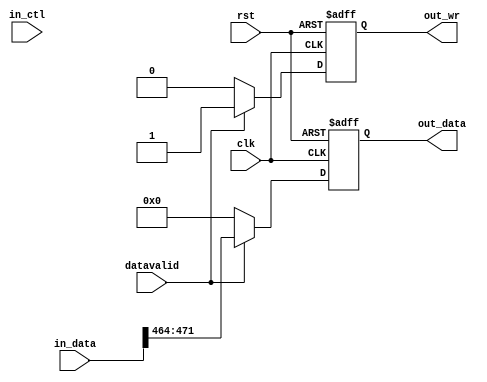
module c512to8
	#(
		parameter DATA_WIDTH = 480,
		parameter CTRL_WIDTH=32,
		parameter STAGE_NUMBER = 2,
		parameter NUM_QUEUES = 8
	) (
		input clk,
		input rst,
		input [CTRL_WIDTH-1:0] in_ctl,
		input [DATA_WIDTH-1:0] in_data,
		input datavalid,
		output reg [7:0] out_data,
		output reg out_wr

	);
	
	
	always @(posedge clk or negedge rst)
	begin
		if(!rst)begin
			out_data <= 0;
		    out_wr <= 0;
			end
		else begin
			if(datavalid) begin
				out_wr <= 1;
				out_data <= in_data[DATA_WIDTH-1-8:DATA_WIDTH-8-8];
			end else begin
				out_wr <= 0;
				out_data <= 0;
			end
			
		end	
	end
	
	
	
	
	
	
	
	
	
	
	
	
endmodule